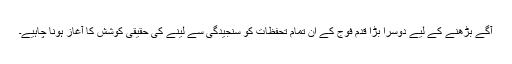
آگے بڑھنے کے لیے دوسرا بڑا قدم فوج کے ان تمام تحفظات کو سنجیدگی سے لینے کی حقیقی کوشش کا آغاز ہونا چاہیے۔